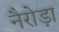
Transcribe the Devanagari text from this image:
नैरोड़ा